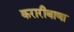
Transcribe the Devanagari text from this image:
करारीबाणा